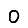
Digit: 0